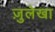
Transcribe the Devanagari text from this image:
ज़ुलेखा